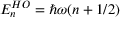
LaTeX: E _ { n } ^ { H O } = \hbar \omega ( n + 1 / 2 )